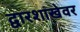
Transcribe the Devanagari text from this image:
द्वारशाखेवर